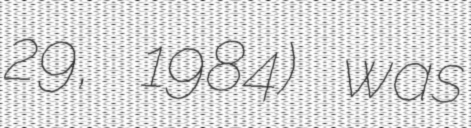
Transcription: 29, 1984) was